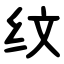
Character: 纹